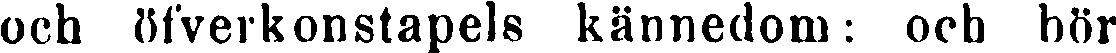
och öfverkonstapels kännedom: och bör